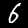
Label: 6